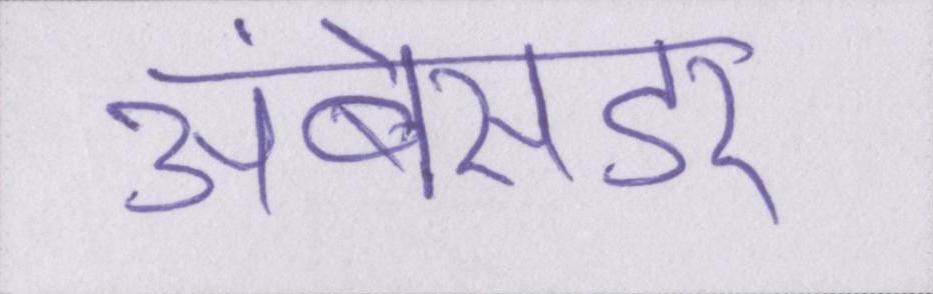
अंबेसडर